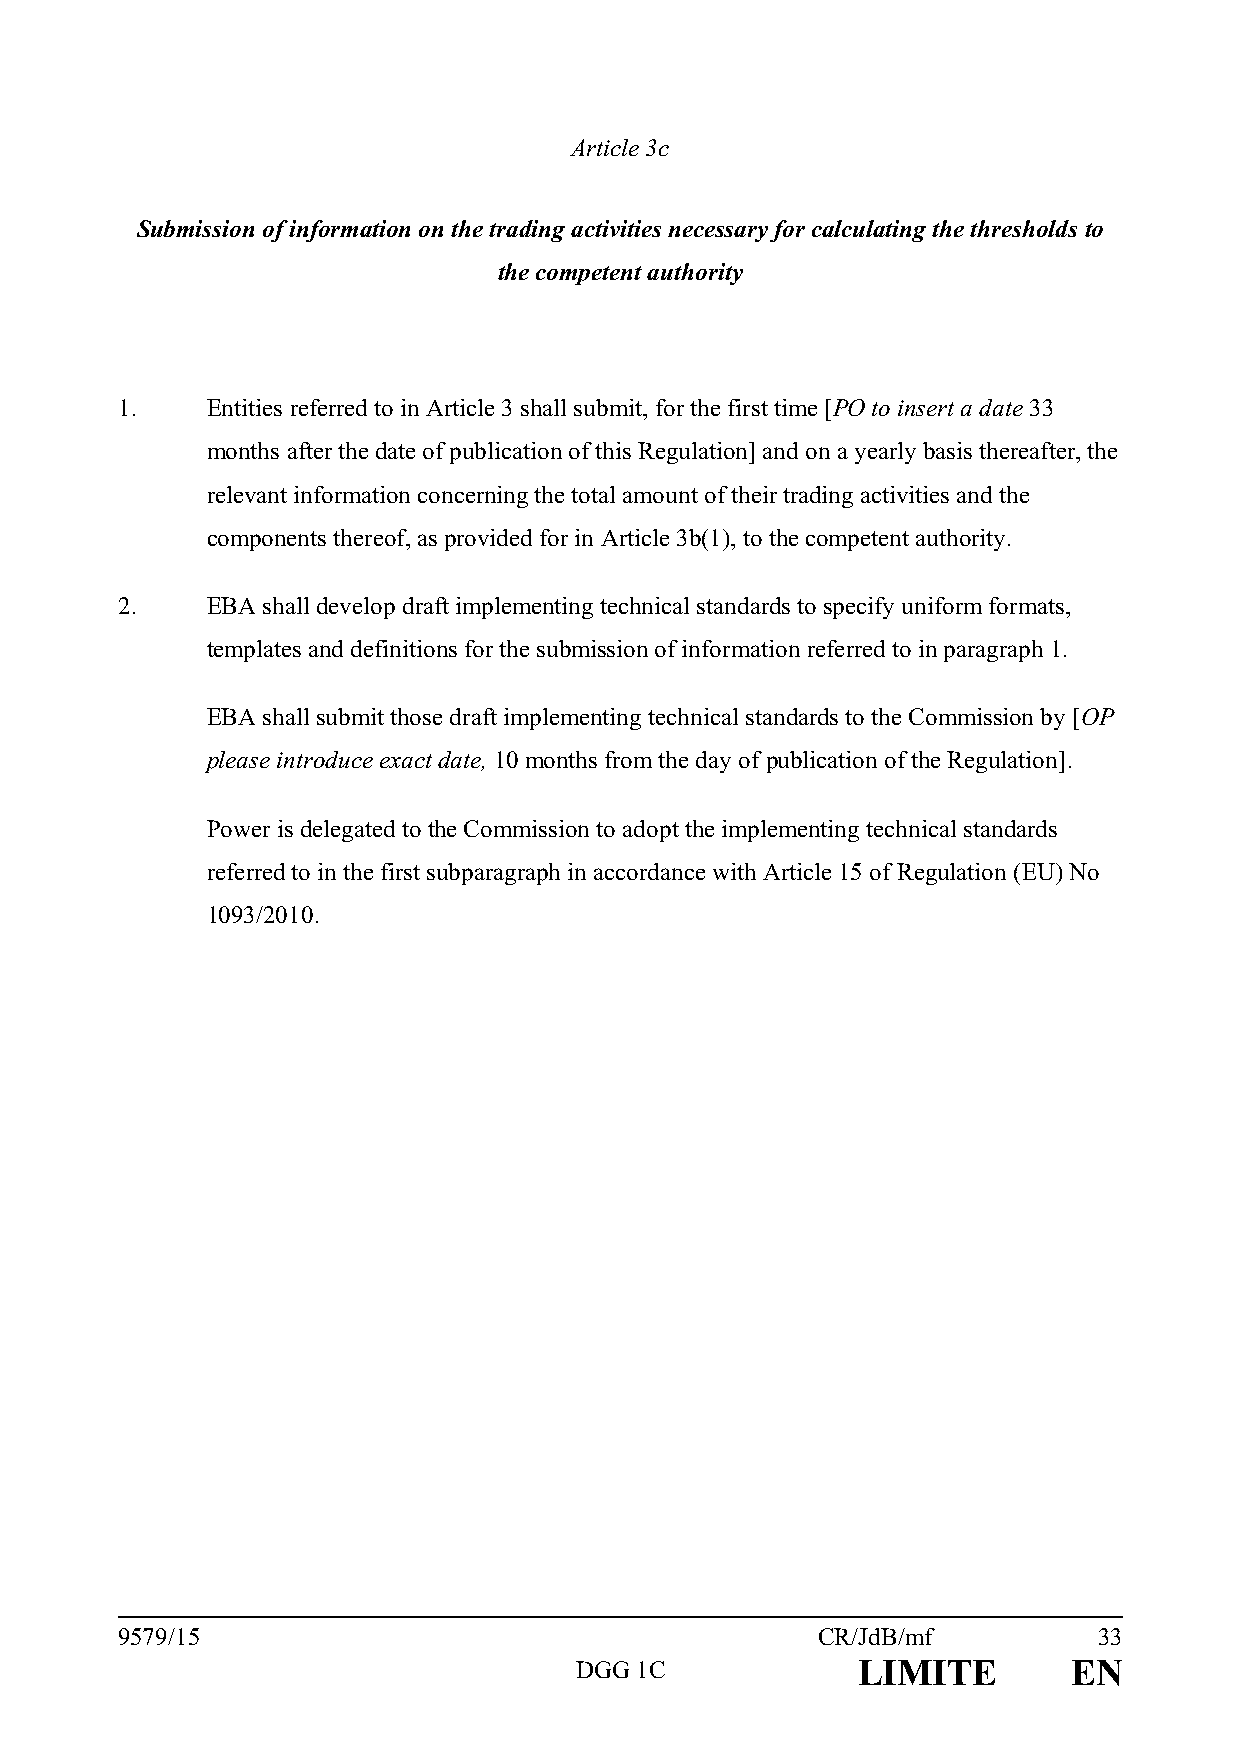
Article 3c
 Submission of information on the trading activities necessary for calculating the thresholds to
 the competent authority
 1.    Entities referred to in Article 3 shall submit, for the first time [PO to insert a date 33
 months after the date of publication of this Regulation] and on a yearly basis thereafter, the
 relevant information concerning the total amount of their trading activities and the
 components thereof, as provided for in Article 3b(1), to the competent authority.
 2.    EBA shall develop draft implementing technical standards to specify uniform formats,
 templates and definitions for the submission of information referred to in paragraph 1.
 EBA shall submit those draft implementing technical standards to the Commission by [OP
 please introduce exact date, 10 months from the day of publication of the Regulation].
 Power is delegated to the Commission to adopt the implementing technical standards
 referred to in the first subparagraph in accordance with Article 15 of Regulation (EU) No
 1093/2010.
 9579/15                                       CR/JdB/mf          33
 DGG 1C             LIMITE        EN